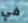
في